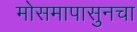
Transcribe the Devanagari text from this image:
मोसमापासुनचा